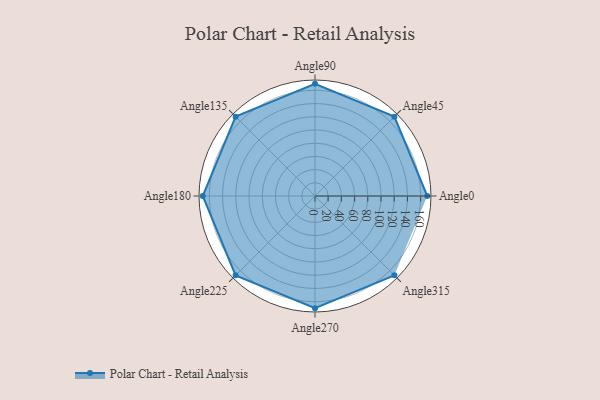
{"axis": {"x": "Angle", "y": "Radius"}, "legend": [""], "data": [{"x": "Angle0", "y": 170, "type": ""}, {"x": "Angle45", "y": 170, "type": ""}, {"x": "Angle90", "y": 170, "type": ""}, {"x": "Angle135", "y": 170, "type": ""}, {"x": "Angle180", "y": 170, "type": ""}, {"x": "Angle225", "y": 170, "type": ""}, {"x": "Angle270", "y": 170, "type": ""}, {"x": "Angle315", "y": 170, "type": ""}]}